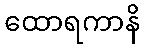
ထောရကာနိ